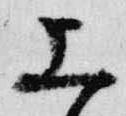
上